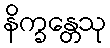
နိက္ခန္တေသု